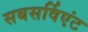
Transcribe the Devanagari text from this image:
सबसर्विएंट